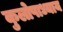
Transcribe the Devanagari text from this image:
कुलोपाध्याय